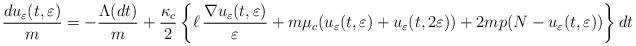
LaTeX: \begin{align*}&\frac{du_\varepsilon(t,\varepsilon)}{m}= -\frac{\Lambda(dt)}{m} +\frac{\kappa_c}{2} \left\{\ell\, \frac{\nabla u_\varepsilon(t,\varepsilon)}{\varepsilon}+m\mu_c(u_\varepsilon(t,\varepsilon)+u_\varepsilon(t,2\varepsilon))+2mp(N-u_\varepsilon(t,\varepsilon)) \right\}dt\end{align*}